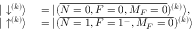
\begin{array} { r l } { | \downarrow ^ { ( k ) } \rangle } & { { } = | ( \overline { { N = 0 , F = 0 , M _ { F } = 0 } } ) ^ { ( k ) } \rangle , } \\ { | \uparrow ^ { ( k ) } \rangle } & { { } = | ( \overline { { N = 1 , F = 1 ^ { - } , M _ { F } = 0 } } ) ^ { ( k ) } \rangle } \end{array}